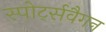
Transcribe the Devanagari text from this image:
स्पोर्ट्सवैगन